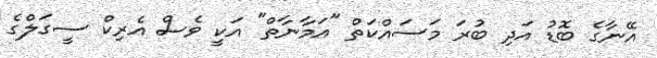
އޭނާގެ ބޮޑު އަދި ބުރަ މަސައްކަތް "އަމާނާތް" އަކީ ވެސް އެރިކް ސީގަލްގެ